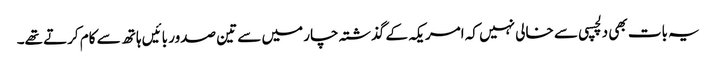
یہ بات بھی دلچسپی سے خالی نہیں کہ امریکہ کے گذشتہ چار میں سے تین صدور بائیں ہاتھ سے کام کرتے تھے۔